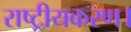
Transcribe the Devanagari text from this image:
राष्ट्रीयकरण।